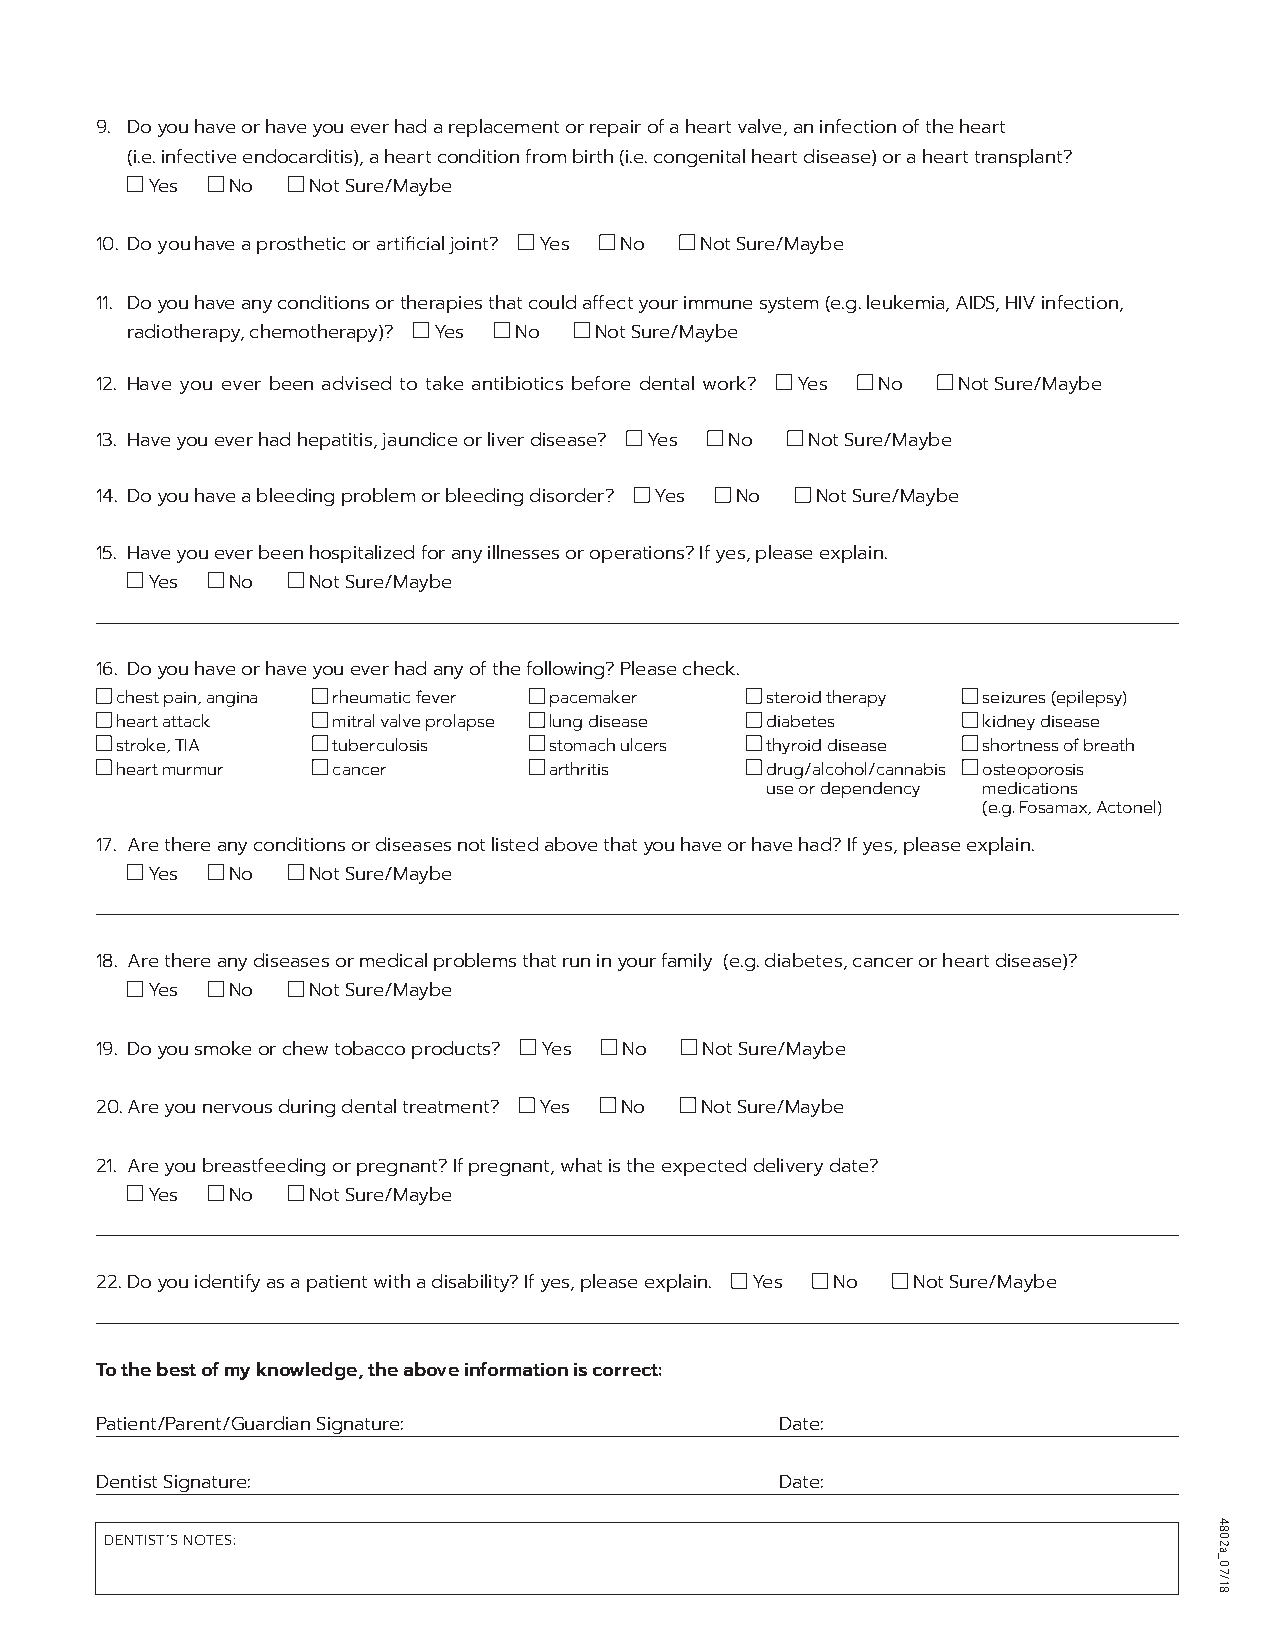
9. Do you have or have you ever had a replacement or repair of a heart valve, an infection of the heart
 (i.e. infective endocarditis), a heart condition from birth (i.e. congenital heart disease) or a heart transplant?
 Yes  No   Not Sure/Maybe
 10. Do you have a prosthetic or joint? Yes No No t Sure/Maybe
 11. Do you have any conditions or therapies that could affect your immune system (e.g. leukemia, AIDS, HIV infection,
 radiotherapy, chemotherapy)? Yes No Not Sure/Maybe
 12. Have you ever been advised to take antibiotics before dental work? Yes No Not Sure/Maybe
 13. Have you ever had hepatitis, jaundice or liver disease? Yes No Not Sure/Maybe
 14. Do you have a bleeding problem or bleeding disorder? Yes No Not Sure/Maybe
 15. Have you ever been hospitalized for any illnesses or operations? If yes, please explain.
 Yes  No   Not Sure/Maybe
 16. Do you have or have you ever had any of the following? Please check.
 chest pain, angina rheumatic fever pacemaker steroid therapy seizures (epilepsy)
 heart attack  mitral valve prolapse lung disease diabetes kidney disease
 stroke, TIA   tuberculosis  stomach ulcers thyroid disease shortness of breath
 heart murmur  cancer        arthritis      drug/alcohol/cannabis osteoporosis
 use or dependency medications
 (e.g. Fosamax, Actonel)
 17. Are there any conditions or diseases not listed above that you have or have had? If yes, please explain.
 Yes  No   Not Sure/Maybe
 18. Are there any diseases or medical problems that run in your family (e.g. diabetes, cancer or heart disease)?
 Yes  No   Not Sure/Maybe
 19. Do you smoke or chew tobacco products? Yes No Not Sure/Maybe
 20 .Are you nervous during dental treatment? Yes No Not Sure/Maybe
 21. Are you breastfeeding or pregnant? If pregnant, what is the expected delivery date?
 Yes  No   Not Sure/Maybe
 22 .Do you identify as a patient with a disability? If yes, please explain. Yes No Not Sure/Maybe
 To the best of my knowledge, the above information is correct:
 Patient/Parent/Guardian Signature:            Date:
 Dentist Signature:                            Date:
 DENTIST’S NOTES:
 4802a_07/18